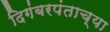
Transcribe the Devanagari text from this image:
दिगंबरपंताच्या